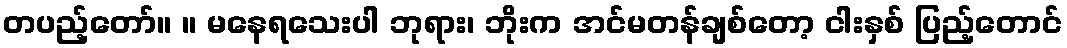
တပည့်တော်။ ။ မနေရသေးပါ ဘုရား၊ ဘိုးက အင်မတန်ချစ်တော့ ငါးနှစ် ပြည့်တောင်